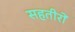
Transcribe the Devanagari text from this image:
सहतीरों